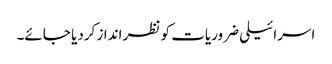
اسرائیلی ضروریات کو نظر انداز کردیا جائے۔